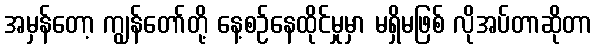
အမှန်တော့ ကျွန်တော်တို့ နေ့စဉ်နေထိုင်မှုမှာ မရှိမဖြစ် လိုအပ်တာဆိုတာ